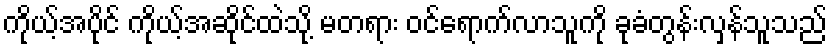
ကိုယ့်အပိုင် ကိုယ့်အဆိုင်ထဲသို့ မတရား ဝင်ရောက်လာသူကို ခုခံတွန်းလှန်သူသည်